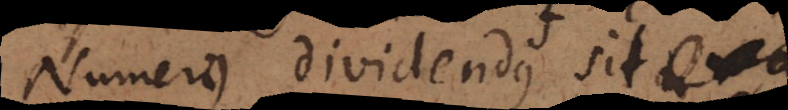
Numerus dividendus si